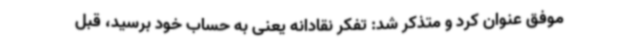
موفق عنوان کرد و متذکر شد: تفکر نقادانه یعنی به حساب خود برسید، قبل